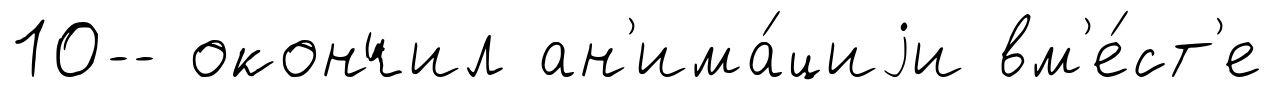
10-- окончил ан'има́циjи вм'е́ст'е